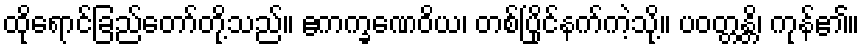
ထိုရောင်ခြည်တော်တို့သည်။ ဧကက္ခဏေဝိယ၊ တစ်ပြိုင်နက်ကဲ့သို့။ ပဝတ္တန္တိ၊ ကုန်၏။